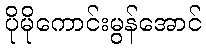
ပိုမိုကောင်းမွန်အောင်